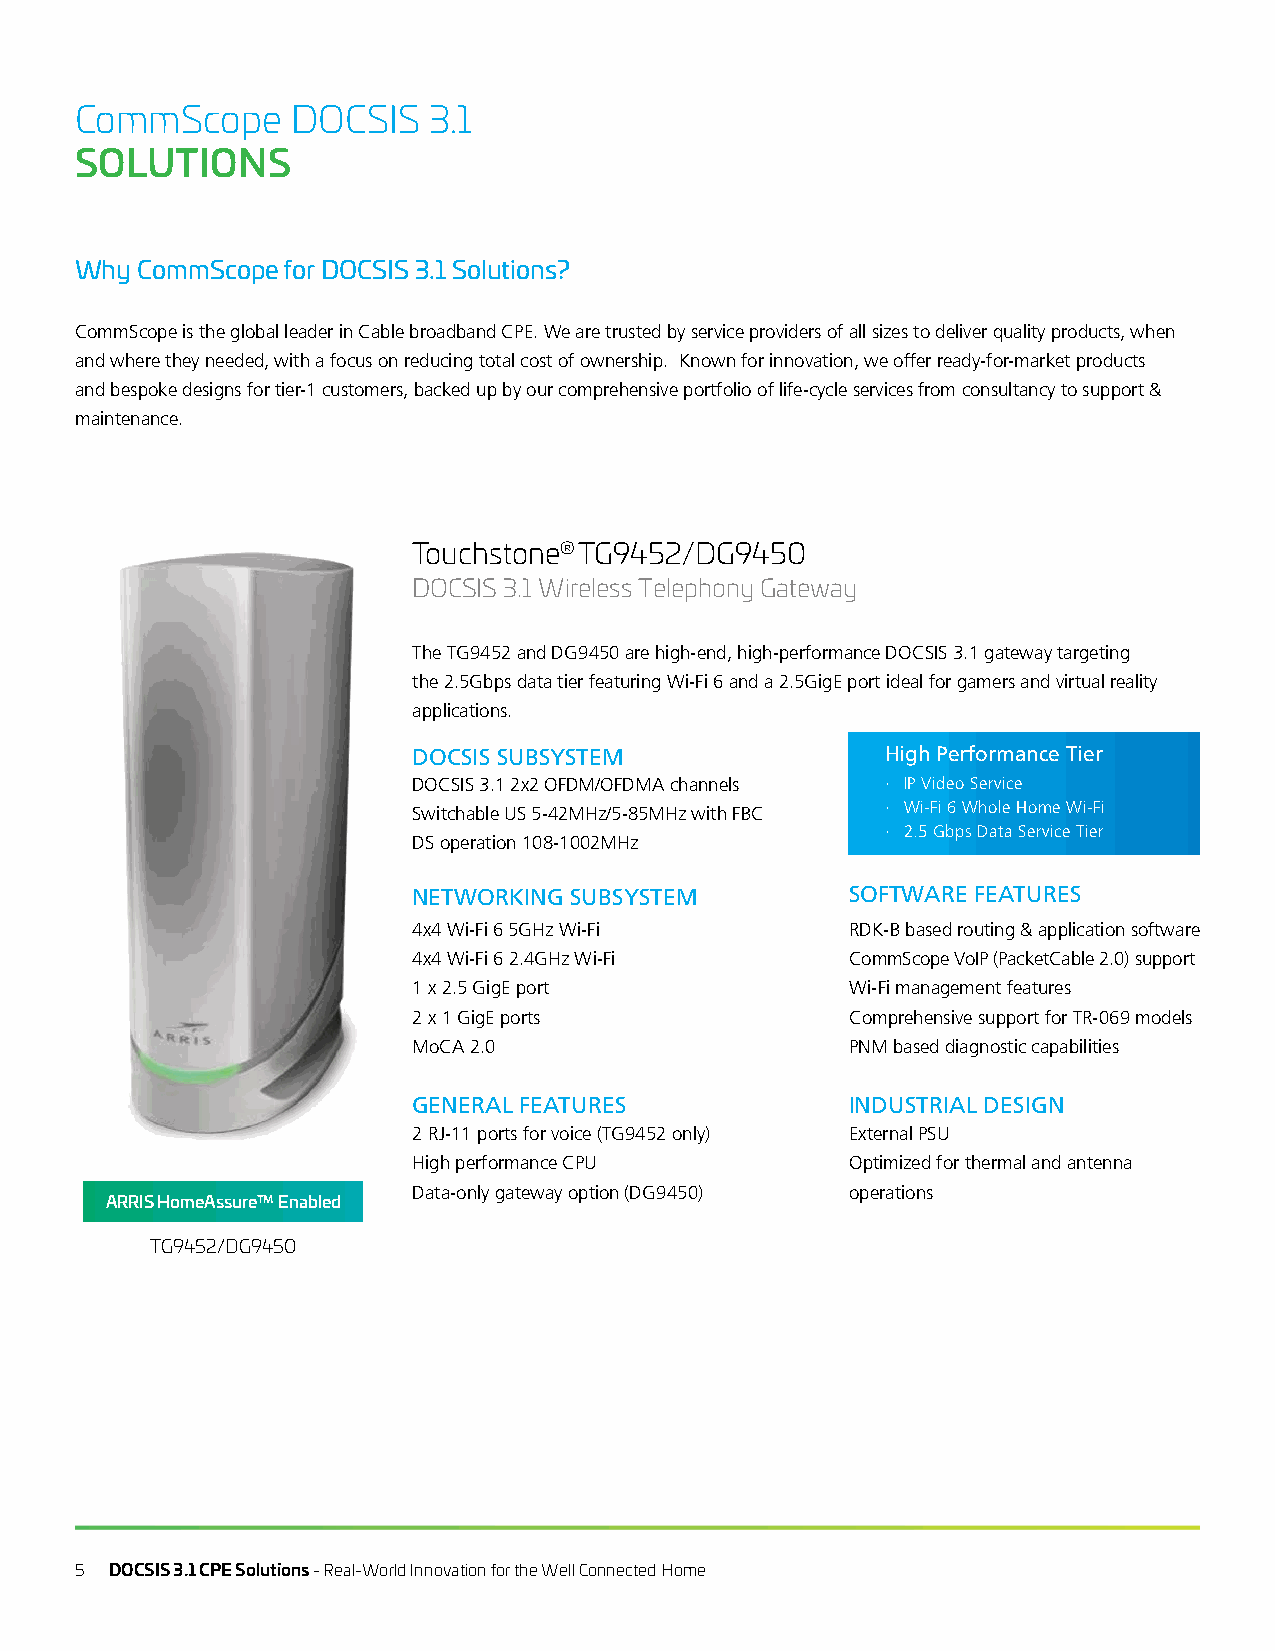
CommScope     DOCSIS   3.1
 SOLUTIONS
 Why CommScope for DOCSIS 3.1 Solutions?
 CommScope is the global leader in Cable broadband CPE. We are trusted by service providers of all sizes to deliver quality products, when
 and where they needed, with a focus on reducing total cost of ownership. Known for innovation, we offer ready-for-market products
 and bespoke designs for tier-1 customers, backed up by our comprehensive portfolio of life-cycle services from consultancy to support &
 maintenance.
 Touchstone® TG9452/DG9450
 DOCSIS 3.1 Wireless Telephony Gateway
 The TG9452 and DG9450 are high-end, high-performance DOCSIS 3.1 gateway targeting
 the 2.5Gbps data tier featuring Wi-Fi 6 and a 2.5GigE port ideal for gamers and virtual reality
 applications.
 DOCSIS SUBSYSTEM                High Performance Tier
 DOCSIS 3.1 2x2 OFDM/OFDMA channels · IP Video Service
 Switchable US 5-42MHz/5-85MHz with FBC · Wi-Fi 6 Whole Home Wi-Fi
 · 2.5 Gbps Data Service Tier
 DS operation 108-1002MHz
 NETWORKING SUBSYSTEM         SOFTWARE FEATURES
 4x4 Wi-Fi 6 5GHz Wi-Fi       RDK-B based routing & application software
 4x4 Wi-Fi 6 2.4GHz Wi-Fi     CommScope VoIP (PacketCable 2.0) support
 1 x 2.5 GigE port            Wi-Fi management features
 2 x 1 GigE ports             Comprehensive support for TR-069 models
 MoCA 2.0                     PNM based diagnostic capabilities
 GENERAL FEATURES             INDUSTRIAL DESIGN
 2 RJ-11 ports for voice (TG9452 only) External PSU
 High performance CPU         Optimized for thermal and antenna
 Data-only gateway option (DG9450) operations
 ARRIS HomeAssure™ Enabled
 TG9452/DG9450
 5 DOCSIS 3.1 CPE Solutions - Real-World Innovation for the Well Connected Home